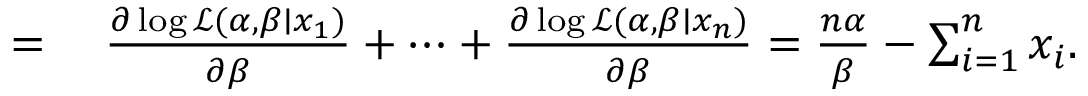
\begin{array} { r l } { = { } } & { { } { \frac { \partial \log { \mathcal { L } } ( \alpha , \beta \mid x _ { 1 } ) } { \partial \beta } } + \cdots + { \frac { \partial \log { \mathcal { L } } ( \alpha , \beta \mid x _ { n } ) } { \partial \beta } } = { \frac { n \alpha } { \beta } } - \sum _ { i = 1 } ^ { n } x _ { i } . } \end{array}